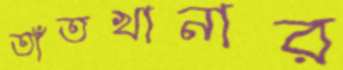
তাঁতখানার